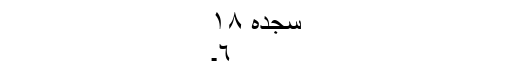
سجدہ ١٨
٦۔